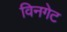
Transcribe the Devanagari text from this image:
विनगेट